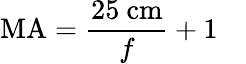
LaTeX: \mathrm{MA}={\frac{25\ \mathrm{cm}}{f}}+1\quad